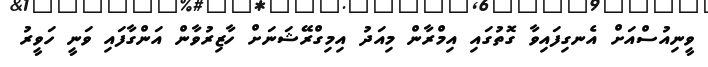
ވީނިއުސްއަށް އެނގިފައިވާ ގޮތުގައި އިމްރާން މިއަދު އިމިގްރޭޝަނަށް ހާޒިރުވާން އަންގާފައި ވަނީ ހަވީރު